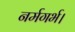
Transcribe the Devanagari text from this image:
नर्मगर्भ।